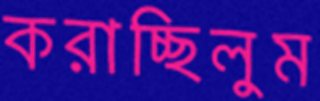
করাচ্ছিলুম